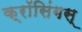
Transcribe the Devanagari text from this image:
क्रॉसिंगस्